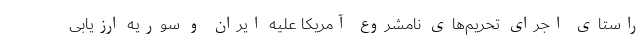
راستای اجرای تحریم‌های نامشروع آمریکا علیه ایران و سوریه ارزیابی